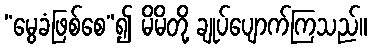
“မွေခံဖြစ်စေ”၍ မိမိတို့ ချုပ်ပျောက်ကြသည်။